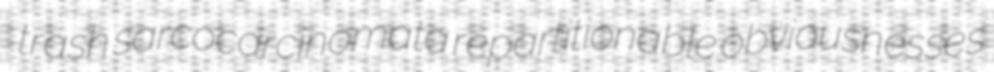
trash sarcocarcinomata repartitionable obviousnesses